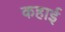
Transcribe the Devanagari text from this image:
कहाई